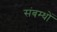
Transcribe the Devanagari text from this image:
संबम्धों